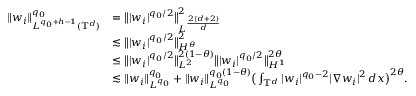
\begin{array} { r l } { \| w _ { i } \| _ { L ^ { q _ { 0 } + h - 1 } ( \mathbb { T } ^ { d } ) } ^ { q _ { 0 } } } & { = \big \| | w _ { i } | ^ { q _ { 0 } / 2 } \big \| _ { L ^ { \frac { 2 ( d + 2 ) } { d } } } ^ { 2 } } \\ & { \lesssim \big \| | w _ { i } | ^ { q _ { 0 } / 2 } \big \| _ { H ^ { \theta } } ^ { 2 } } \\ & { \leq \big \| | w _ { i } | ^ { q _ { 0 } / 2 } \big \| _ { L ^ { 2 } } ^ { 2 ( 1 - \theta ) } \big \| | w _ { i } | ^ { q _ { 0 } / 2 } \big \| _ { H ^ { 1 } } ^ { 2 \theta } } \\ & { \lesssim \| w _ { i } \| _ { L ^ { q _ { 0 } } } ^ { q _ { 0 } } + \| w _ { i } \| _ { L ^ { q _ { 0 } } } ^ { q _ { 0 } ( 1 - \theta ) } \big ( \int _ { \mathbb { T } ^ { d } } | w _ { i } | ^ { q _ { 0 } - 2 } | \nabla w _ { i } | ^ { 2 } \, d x \big ) ^ { 2 \theta } . } \end{array}